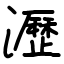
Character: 瀝